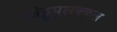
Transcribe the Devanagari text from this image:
ओट्टुपुलक्कल